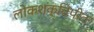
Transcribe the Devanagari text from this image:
लोकशक्तिपीठ